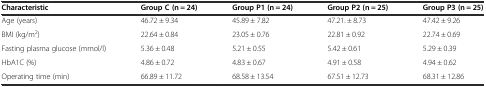
<table><thead><tr><td><b>Characteristic</b></td><td><b>Group C (n = 24)</b></td><td><b>Group P1 (n = 24)</b></td><td><b>Group P2 (n = 25)</b></td><td><b>Group P3 (n = 25)</b></td></tr></thead><tbody><tr><td>Age (years)</td><td>46.72 ± 9.34</td><td>45.89 ± 7.82</td><td>47.21. ± 8.73</td><td>47.42 ± 9.26</td></tr><tr><td>BMI (kg/m<sup>2</sup>)</td><td>22.64 ± 0.84</td><td>23.05 ± 0.76</td><td>22.81 ± 0.92</td><td>22.74 ± 0.69</td></tr><tr><td>Fasting plasma glucose (mmol/l)</td><td>5.36 ± 0.48</td><td>5.21 ± 0.55</td><td>5.42 ± 0.61</td><td>5.29 ± 0.39</td></tr><tr><td>HbA1C (%)</td><td>4.86 ± 0.72</td><td>4.83 ± 0.67</td><td>4.91 ± 0.58</td><td>4.94 ± 0.62</td></tr><tr><td>Operating time (min)</td><td>66.89 ± 11.72</td><td>68.58 ± 13.54</td><td>67.51 ± 12.73</td><td>68.31 ± 12.86</td></tr></tbody></table>